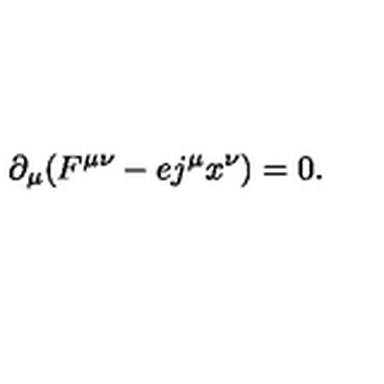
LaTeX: \partial _ { \mu } ( F ^ { \mu \nu } - e j ^ { \mu } x ^ { \nu } ) = 0 .